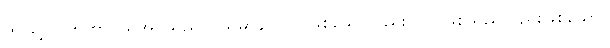
ဤသို့။ ဂဟိတာ၊ ယူအပ်သည်။ (သမာနာ) ပိ၊ ဖြစ်သော်လည်း။ ဝါ၊ ဖြစ်သည်လည်းဖြစ်သော။